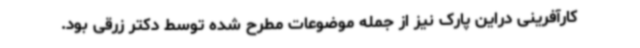
کارآفرینی دراین پارک نیز از جمله موضوعات مطرح شده توسط دکتر زرقی بود.